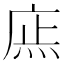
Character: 𢉍